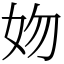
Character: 𡛁